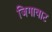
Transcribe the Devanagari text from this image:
जिगावाट